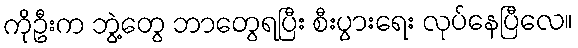
ကိုဦးက ဘွဲ့တွေ ဘာတွေရပြီး စီးပွားရေး လုပ်နေပြီလေ။